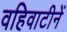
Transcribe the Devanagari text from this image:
वहिवाटीनें